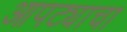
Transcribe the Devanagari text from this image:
आपट्याचा